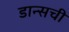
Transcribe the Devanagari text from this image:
डान्सची